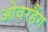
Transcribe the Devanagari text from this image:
ओवरहैंग